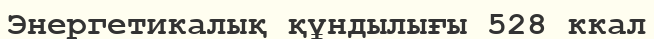
Энергетикалық құндылығы 528 ккал